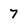
Character: 7